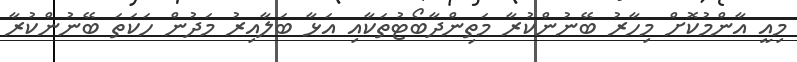
މިއީ އާންމުކޮށް މިހާރު ބޭނުންކުރާ މަތިންދާބޯޓުތަކާއި އަޅާ ބަލާއިރު މަދުން ހަކަތަ ބޭނުންކުރާ